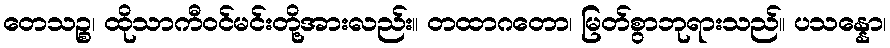
တေသဉ္စ၊ ထိုသာကီဝင်မင်းတို့အားလည်း။ တထာဂတော၊ မြတ်စွာဘုရားသည်။ ပသန္နော၊